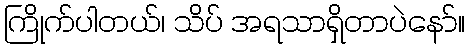
ကြိုက်ပါတယ်၊ သိပ် အရသာရှိတာပဲနော်။